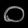
Digit: ၀